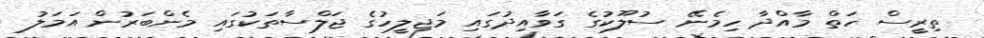
ތިރީސް ހަތް މާއްދާ ހިމެނޭ ސުލޫކުގެ ގަވާއިދުގައި މަޖިލީހުގެ ޖަލްސާތަކުގައި މެންބަރުން އަމަލު